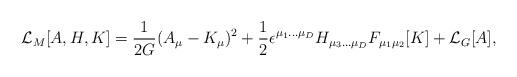
LaTeX: \begin{align*}{\cal L}_{M}[A,H,K] = {1 \over 2G}(A_\mu-K_\mu)^2 + {1 \over 2}\epsilon^{\mu_1 ... \mu_D} H_{\mu_3 ...\mu_D} F_{\mu_1\mu_2}[K]+ {\cal L}_G[A],\end{align*}